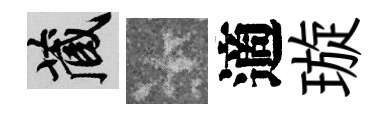
藏卡適璇